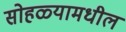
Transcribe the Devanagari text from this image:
सोहळ्यामधील